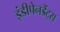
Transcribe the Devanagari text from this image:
इंडीपेनडेंट्स